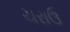
ચરાઉ